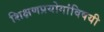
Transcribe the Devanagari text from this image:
शिक्षणप्रयोगांविषयी